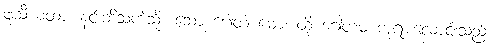
ဖုသီယထာ၊ နင်းဘိသကဲ့သို့။ သော ဂေါတ မော၊ ထို ဂေါတမ ဘုရားလောင်းသည်။